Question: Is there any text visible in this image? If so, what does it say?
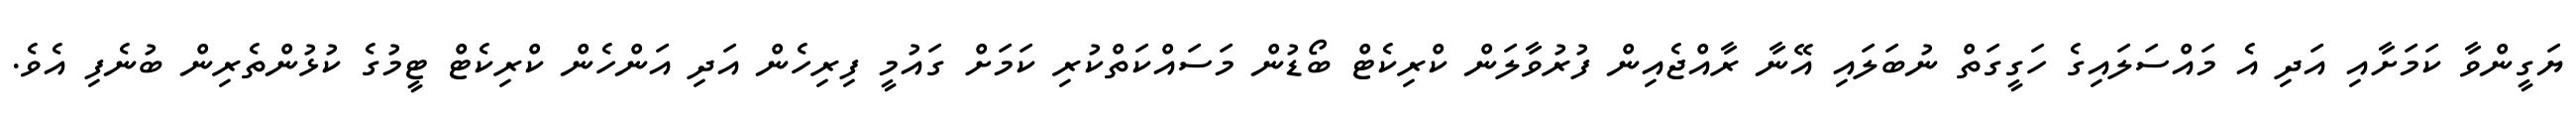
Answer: ޔަގީންވާ ކަމަށާއި އަދި އެ މައްސަލައިގެ ހަގީގަތް ނުބަލައި އޭނާ ރާއްޖެއިން ފުރުވާލަން ކްރިކެޓް ބޯޑުން މަސައްކަތްކުރި ކަމަށް ގައުމީ ފިރިހެން އަދި އަންހެން ކްރިކެޓް ޓީމުގެ ކުޅުންތެރިން ބުނެފި އެވެ.